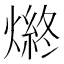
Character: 𤍑